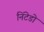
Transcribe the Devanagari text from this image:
निंटेडो